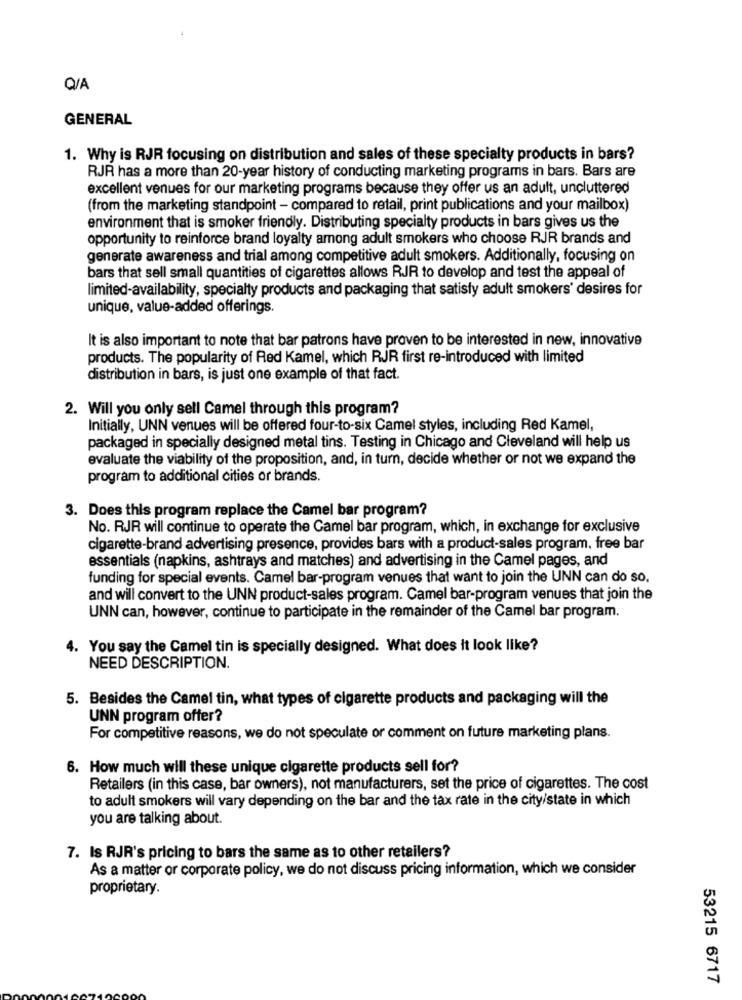
Q/A
GENERAL
1. Why is RJR focusing on distribution and sales of these specialty products in bars?
RJR has a more than 20-year history of conducting marketing programs in bars. Bars are
excellent venues for our marketing programs because they offer us an adult, uncluttered
(from the marketing standpoint - compared to retail, print publications and your mailbox)
environment that is smoker friendly. Distributing specialty products in bars gives us the
opportunity to reinforce brand loyalty among adult smokers who choose RJR brands and
generate awareness and trial among competitive adult smokers. Additionally, focusing on
bars that sell small quantities of cigarettes allows RJR to develop and test the appeal of
limited-availability, specialty products and packaging that satisfy adult smokers' desires for
unique, value-added offerings.
It is also important to note that bar patrons have proven to be interested in new, innovative
products. The popularity of Red Kamel, which RJR first re-introduced with limited
distribution in bars, is just one example of that fact.
2. Will you only sell Camel through this program?
Initially, UNN venues will be offered four-to-six Camel styles, including Red Kamel,
packaged in specially designed metal tins. Testing in Chicago and Cleveland will help us
evaluate the viability of the proposition, and, in turn, decide whether or not we expand the
program to additional cities or brands.
3. Does this program replace the Camel bar program?
No. RJR will continue to operate the Camel bar program, which, in exchange for exclusive
cigarette-brand advertising presence, provides bars with a product-sales program, free bar
essentials (napkins, ashtrays and matches) and advertising in the Camel pages, and
funding for special events. Camel bar-program venues that want to join the UNN can do so.
and will convert to the UNN product-sales program. Camel bar-program venues that join the
UNN can, however, continue to participate in the remainder of the Camel bar program.
4. You say the Camel tin is specially designed. What does it look like?
NEED DESCRIPTION.
5. Besides the Camel tin, what types of cigarette products and packaging will the
UNN program offer?
For competitive reasons, we do not speculate or comment on future marketing plans.
6. How much will these unique cigarette products sell for?
Retailers (in this case, bar owners), not manufacturers, set the price of cigarettes. The cost
to adult smokers will vary depending on the bar and the tax rate in the city/state in which
you are talking about.
7. Is RJR's pricing to bars the same as to other retailers?
As a matter or corporate policy, we do not discuss pricing information, which we consider
proprietary.
53215 6717